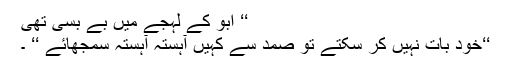
‘‘ ابو کے لہجے میں بے بسی تھی
‘‘خود بات نہیں کر سکتے تو صمد سے کہیں آہستہ آہستہ سمجھائے ‘‘ ۔